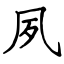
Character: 夙